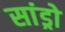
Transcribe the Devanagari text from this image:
सांड्रो